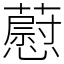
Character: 藯